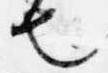
也